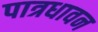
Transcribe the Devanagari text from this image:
पात्रधावन